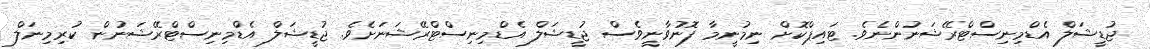
ޖުޑީޝަލް އެޑްމިނިސްޓްރޭޝަނުންނެވެ. ޓައިޕްކޮށް ނިމުނީމާ ފޮނުވާނީވެސް ޖުޑީޝަލް އެޑްމިނިސްޓްރޭޝަނަށެވެ. ޖުޑީޝަލް އެޑްމިނިސްޓްރޭޝަނުން ކުރިމިނަލް